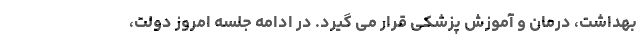
بهداشت، درمان و آموزش پزشکی قرار می گیرد. در ادامه جلسه امروز دولت،